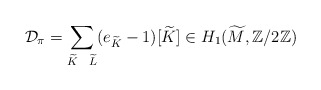
\begin{align*}\mathcal D_\pi = \sum_{ \widetilde{K} \ \ \widetilde{L}} (e_{\widetilde{K}}-1) [\widetilde{K}] \in H_1(\widetilde M, \mathbb Z/2 \mathbb Z)\end{align*}